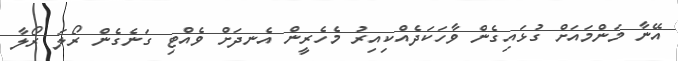
އޭނާ މަންމައަށް ގުޅައިގެން ވާހަކަދެއްކިއިރު މެހެރީން އެނދަށް ވެއްޓި ގަނެގެން ރޯލަ ރޯލާ